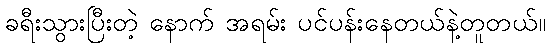
ခရီးသွားပြီးတဲ့ နောက် အရမ်း ပင်ပန်းနေတယ်နဲ့တူတယ်။